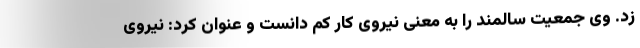
زد. وی جمعیت سالمند را به معنی نیروی کار کم دانست و عنوان کرد: نیروی